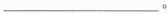
___。